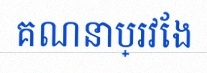
គណនាប្រវែង